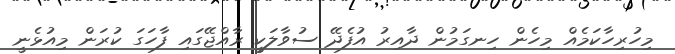
މިހުރިހާކަމެއް މިހެން ހިނގަމުން ދާއިރު އުފެދޭ ސުވާލަކީ ރާއްޖޭގައި ފާހަގަ ކުރަން މިއުޅެނީ